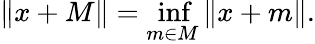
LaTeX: \| x+M\| =\operatorname*{inf}_{m\in M}\| x+m\| .